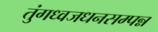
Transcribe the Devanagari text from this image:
तुंगध्वजधनसम्पन्न